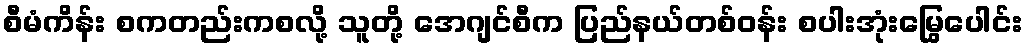
စီမံကိန်း စကတည်းကစလို့ သူတို့ အေဂျင်စီက ပြည်နယ်တစ်ဝန်း စပါးအုံးမြွေပေါင်း